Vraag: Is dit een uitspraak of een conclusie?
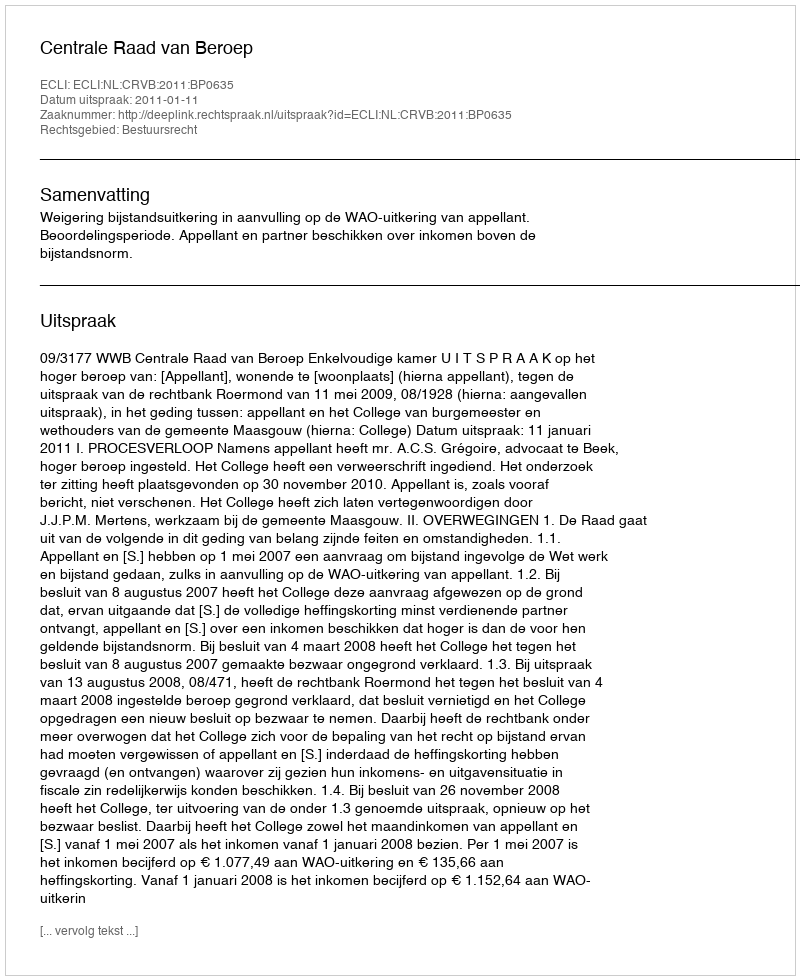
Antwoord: Uitspraak